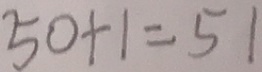
5 0 + 1 = 5 1